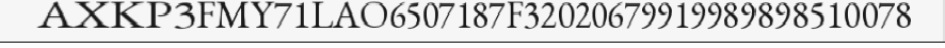
AXKP3FMY71LAO6507187F32020679919989898510078